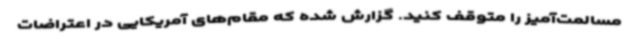
مسالمت‌آمیز را متوقف کنید. گزارش شده که مقام‌های آمریکایی در اعتراضات